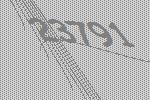
23791